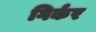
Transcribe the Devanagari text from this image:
गिर्कर